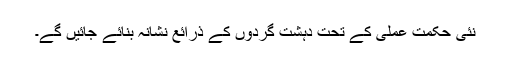
نئی حکمت عملی کے تحت دہشت گردوں کے ذرائع نشانہ بنائے جائیں گے۔